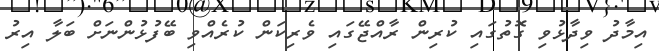
އިމާދު ވިދާޅުވި ގޮތުގައި ކުރިން ރާއްޖޭގައި ވެރިކަން ކުރެއްވި ބޭފުޅުންނަށް ބަލާ އިރު